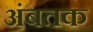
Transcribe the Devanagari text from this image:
अंबतक